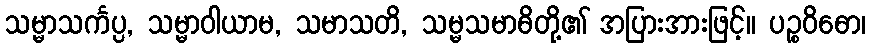
သမ္မာသင်္ကပ္ပ, သမ္မာဝါယာမ, သမာသတိ, သမ္မသမာဓိတို့၏ အပြားအားဖြင့်။ ပဉ္စဝိဓော၊